Burma Government Medical School reports 1923-41
Year: 1923
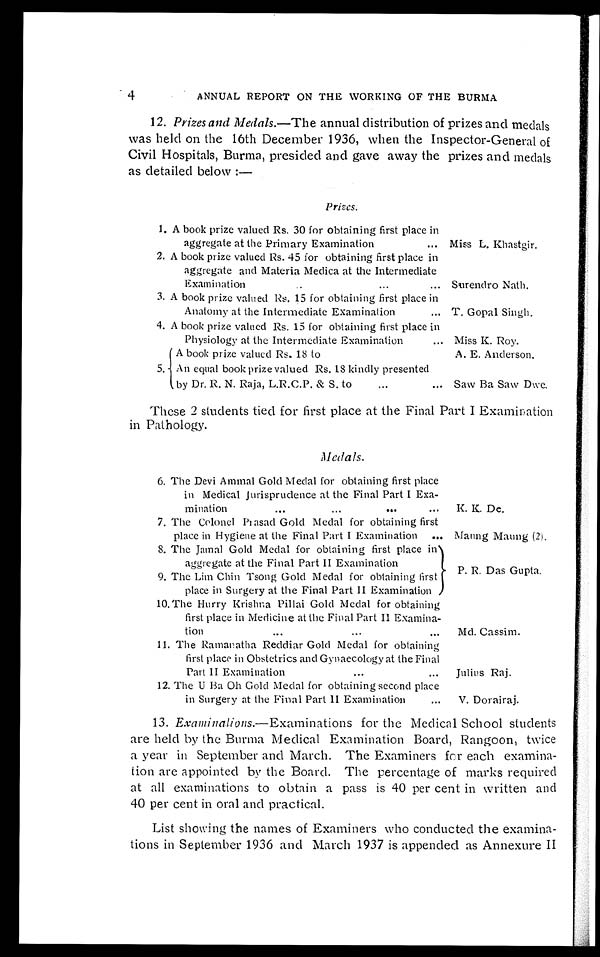
4
ANNUAL REPORT ON THE WORKING OF THE BURMA
12 . Prizes and Medals.— The annual distribution of prizes and medals
was held on the 16th December 1936, when the Inspector-General of
Civil Hospitals, Burma, presided and gave away the prizes and medals
as detailed below:—
Prizes.
1. A book prize valued Rs. 30 for obtaining first place in
aggregate at the Primary Examination . . . Miss L. Khastgir.
2. A book prize valued Rs. 45 for obtaining first place in
aggregate and Materia Medica at the Intermediate
Examination. . . Surendro Nath.
3. A book prize valued Rs. 15 for obtaining first place in
Anatomy at the Intermediate Examination . . . T. Gopal Singh.
4. A book prize valued Rs. 15 for obtaining first place in
Physiology at the Intermediate Examination . . . Miss K. Roy.
5.
A book prize valued Rs. 18 to
A. E. Anderson.
An equal book prize valued Rs. 18 kindly presented
by Dr. R. N. Raja, L.R.C.P. & S. to . . . Saw Ba Saw Dwe.
These 2 students tied for first place at the Final Part I Examination
in Pathology.
Medals.
6. The Devi Ammal Gold Medal for obtaining first place
in Medical Jurisprudence at the Final Part I Exa-
mination . . . K. K. De.
7. The Colonel Prasad Gold Medal for obtaining first
place in Hygiene at the Final Part I Examination . . . Maung Maung (2).
8. The Jamal Gold Medal for obtaining first place in
aggregate at the Final Part II Examination
P. R. Das Gupta.
9. The Lim Chin Tsong Gold Medal for obtaining first
place in Surgery at the Final Part II Examination
10. The Hurry Krishna Pillai Gold Medal for obtaining
first place in Medicine at the Final Part II Examina-
tion
.
.
. Md. Cassim.
11. The Ramanatha Reddiar Gold Medal for obtaining
first place in Obstetrics and Gynaecology at the Final
Part II Examination . . . Julius Raj.
12. The U Ba Oh Gold Medal for obtaining second place
in Surgery at the Final Part II Examination . . . V. Dorairaj.
13. Examinations .—Examinations for the Medical School students
are held by the Burma Medical Examination Board, Rangoon, twice
a year in September and March. The Examiners for each examina
-
tion are appointed by the Board. The percentage of marks required
at all examinations to obtain a pass is 40 per cent in written and
40 per cent in oral and practical.
List showing the names of Examiners who conducted the examina
-
tions in September 1936 and March 1937 is appended as Annexure II